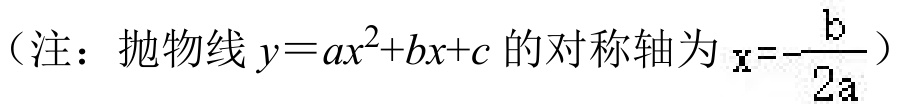
（注：抛物线\(y = ax^{2}+bx + c\)的对称轴为\(x =-\frac{b}{2a}\)）